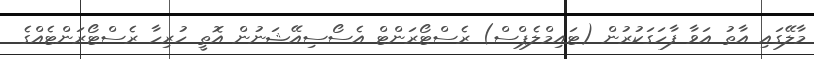
މާލޭގައި އާތު އަވާ ފާހަގަކުރުން (ޓައިމްލެޕްސް) ރެސްޓޯރަންޓް އެސޯސިއޭޝަނުން އޮތީ ހުރިހާ ރެސްޓޯރަންޓެއްގެ